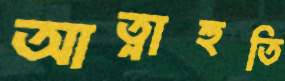
আত্নাহুতি